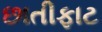
છાતીફાટ